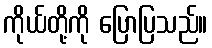
ကိုယ်တို့ကို ပြောပြသည်။